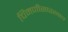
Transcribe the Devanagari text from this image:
चिमणीसारखाच